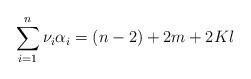
LaTeX: \begin{align*}\sum_{i=1}^{n}\nu_{i}\alpha_{i}=(n-2)+2m+2Kl\end{align*}